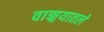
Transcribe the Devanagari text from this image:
वाङ्मयातले